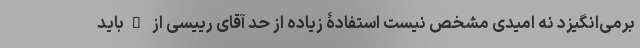
برمی‌انگیزد نه امیدی مشخص نیست استفادۀ زیاده از حد آقای رییسی از "باید